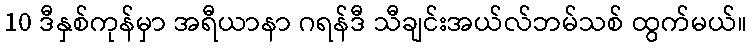
10 ဒီနှစ်ကုန်မှာ အရီယာနာ ဂရန်ဒီ သီချင်းအယ်လ်ဘမ်သစ် ထွက်မယ်။